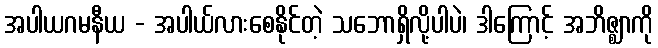
အပါယဂမနီယ - အပါယ်လားစေနိုင်တဲ့ သဘောရှိလို့ပါပဲ၊ ဒါကြောင့် အဘိဇ္ဈာကို